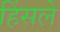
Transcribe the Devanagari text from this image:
हिंसले